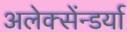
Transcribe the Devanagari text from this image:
अलेक्सेंन्डर्या